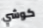
كوشي